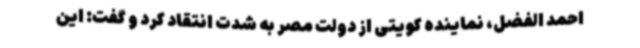
احمد الفضل، نماینده کویتی از دولت مصر به شدت انتقاد کرد و گفت: این